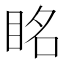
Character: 眳